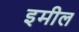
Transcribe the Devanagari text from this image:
इमील